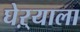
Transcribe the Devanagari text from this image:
घेऱ्याला